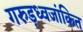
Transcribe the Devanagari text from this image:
गरुड़ध्वजांकित